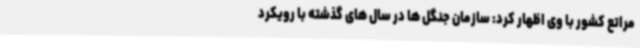
مراتع کشور با وی اظهار کرد: سازمان جنگل ها در سال های گذشته با رویکرد